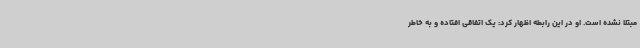
مبتلا نشده است. او در این رابطه اظهار کرد: یک اتفاقی افتاده و به خاطر